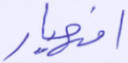
انهيار